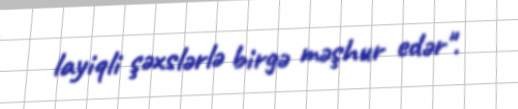
layiqli şəxslərlə birgə məşhur edər".